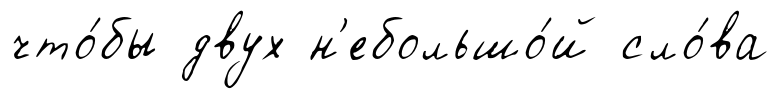
что́бы двух н'ебольшо́й сло́ва